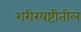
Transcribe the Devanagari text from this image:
शरीरयष्टीतील